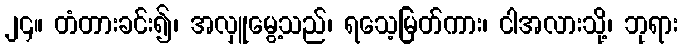
၂၄။ တံတားခင်း၍၊ အလှူမွေ့သည်၊ ရသေ့မြတ်ကား၊ ငါအလားသို့၊ ဘုရား